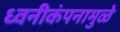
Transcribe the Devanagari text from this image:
ध्वनीकंपनामुळे